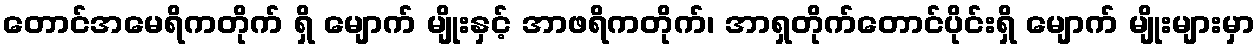
တောင်အမေရိကတိုက် ရှိ မျောက် မျိုးနှင့် အာဖရိကတိုက်၊ အာရှတိုက်တောင်ပိုင်းရှိ မျောက် မျိုးများမှာ